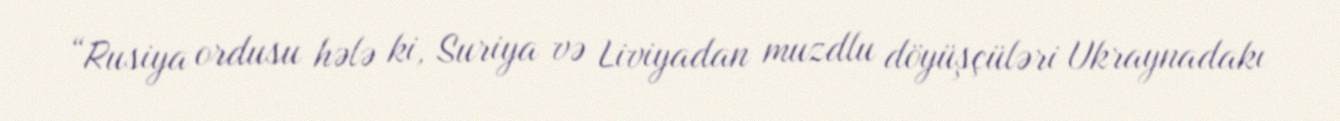
“Rusiya ordusu hələ ki, Suriya və Liviyadan muzdlu döyüşçüləri Ukraynadakı